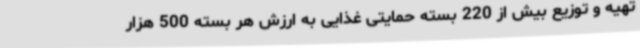
تهیه و توزیع بیش از 220 بسته حمایتی غذایی به ارزش هر بسته 500 هزار